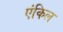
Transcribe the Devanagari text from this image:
एंकिल